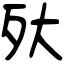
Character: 𣧂